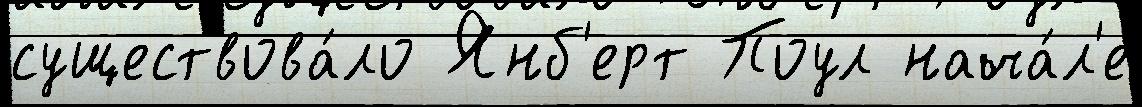
существова́ло Янб'ерт Поул нача́л'е